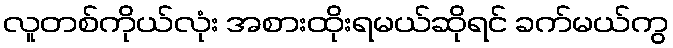
လူတစ်ကိုယ်လုံး အစားထိုးရမယ်ဆိုရင် ခက်မယ်ကွ